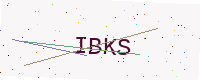
Text: IBKS